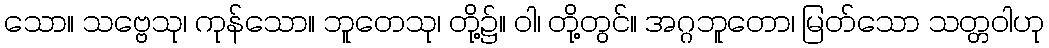
သော။ သဗ္ဗေသု၊ ကုန်သော။ ဘူတေသု၊ တို့၌။ ဝါ၊ တို့တွင်။ အဂ္ဂဘူတော၊ မြတ်သော သတ္တဝါဟု